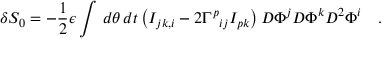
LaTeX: \delta S _ { 0 } = - \frac { 1 } { 2 } \epsilon \int \, d \theta \, d t \left( I _ { j k , i } - 2 { \Gamma ^ { p } } _ { i j } I _ { p k } \right) D \Phi ^ { j } D \Phi ^ { k } D ^ { 2 } \Phi ^ { i } \quad .